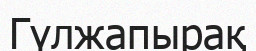
Гүлжапырақ